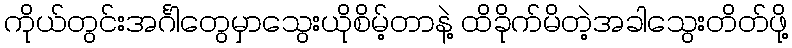
ကိုယ်တွင်းအင်္ဂါတွေမှာသွေးယိုစိမ့်တာနဲ့ ထိခိုက်မိတဲ့အခါသွေးတိတ်ဖို့